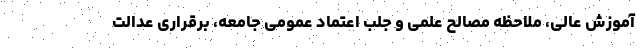
آموزش عالی، ملاحظه مصالح علمی و جلب اعتماد عمومی جامعه، برقراری عدالت